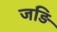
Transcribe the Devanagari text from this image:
जड़ि